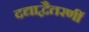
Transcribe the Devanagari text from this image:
दद्याद्वैतरणीं